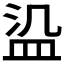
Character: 𬐛